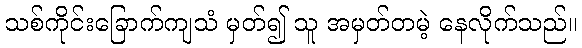
သစ်ကိုင်းခြောက်ကျသံ မှတ်၍ သူ အမှတ်တမဲ့ နေလိုက်သည်။